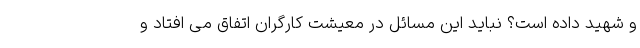
و شهید داده است؟ نباید این مسائل در معیشت کارگران اتفاق می افتاد و